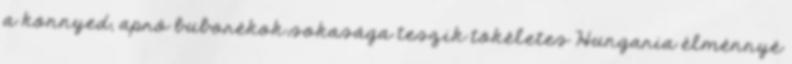
a könnyed, apró buborékok sokasága teszik tökéletes Hungaria élménnyé